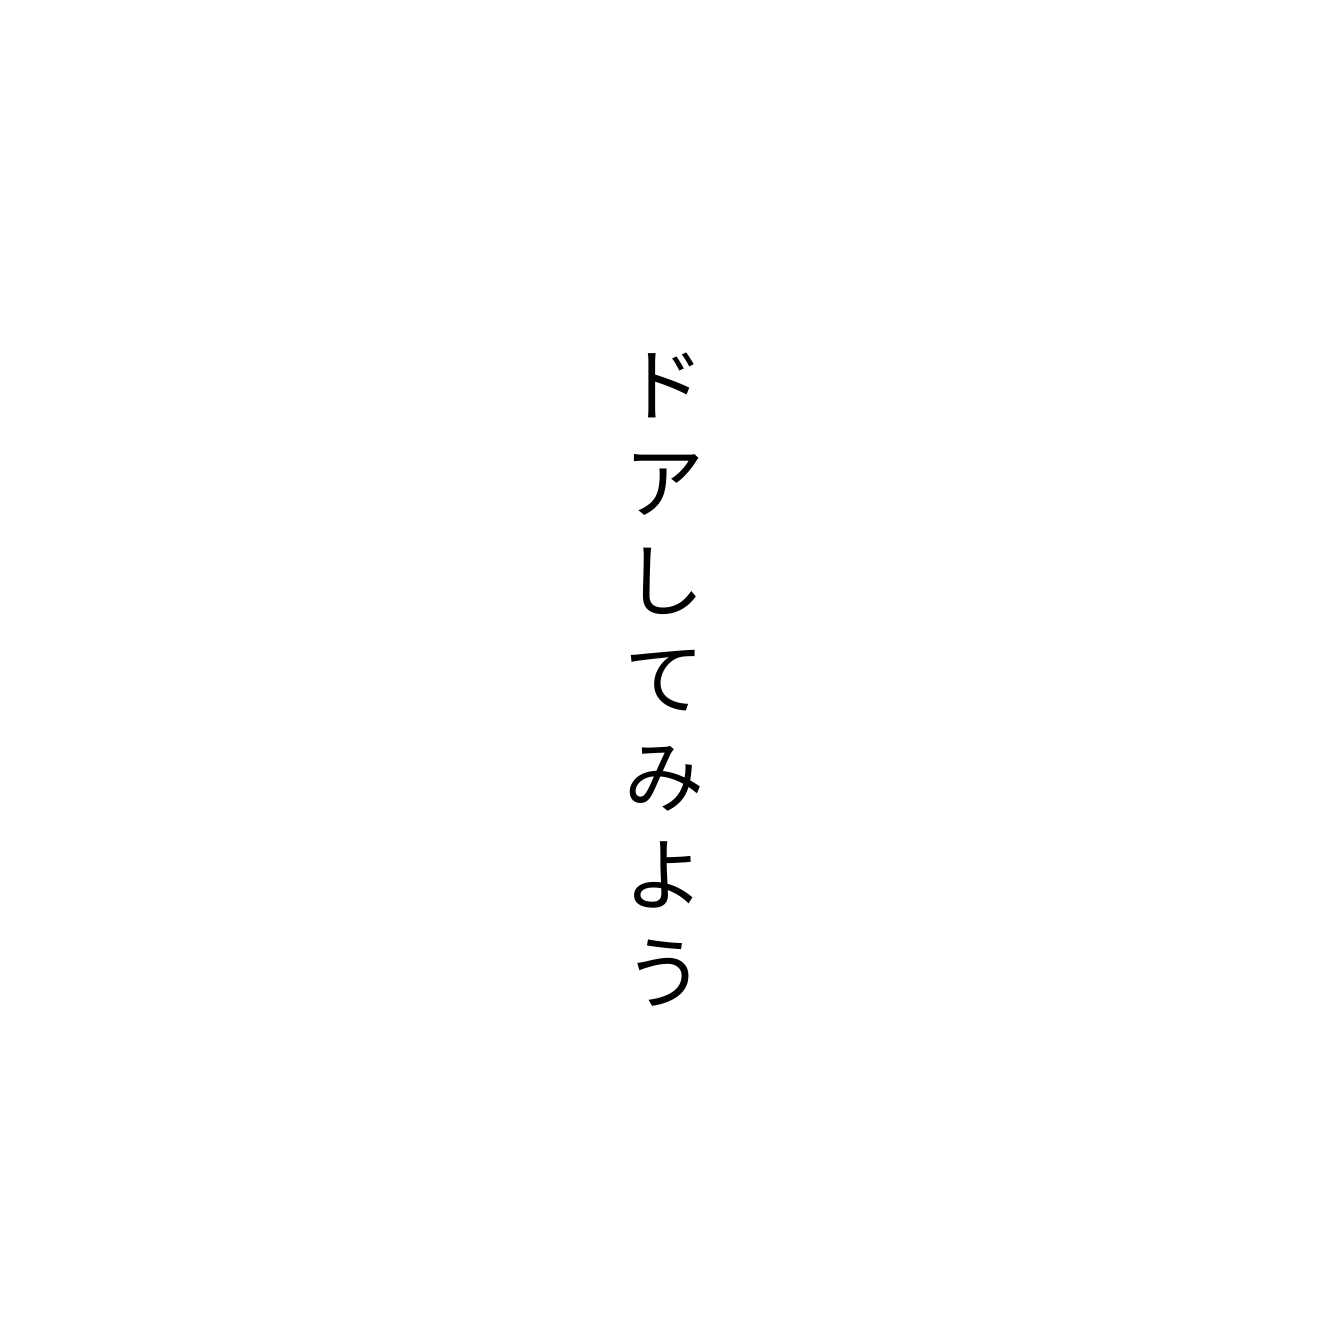
ドアしてみよう